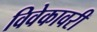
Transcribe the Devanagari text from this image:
विवेकावरी